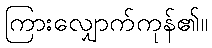
ကြားလျှောက်ကုန်၏။